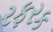
રફરક